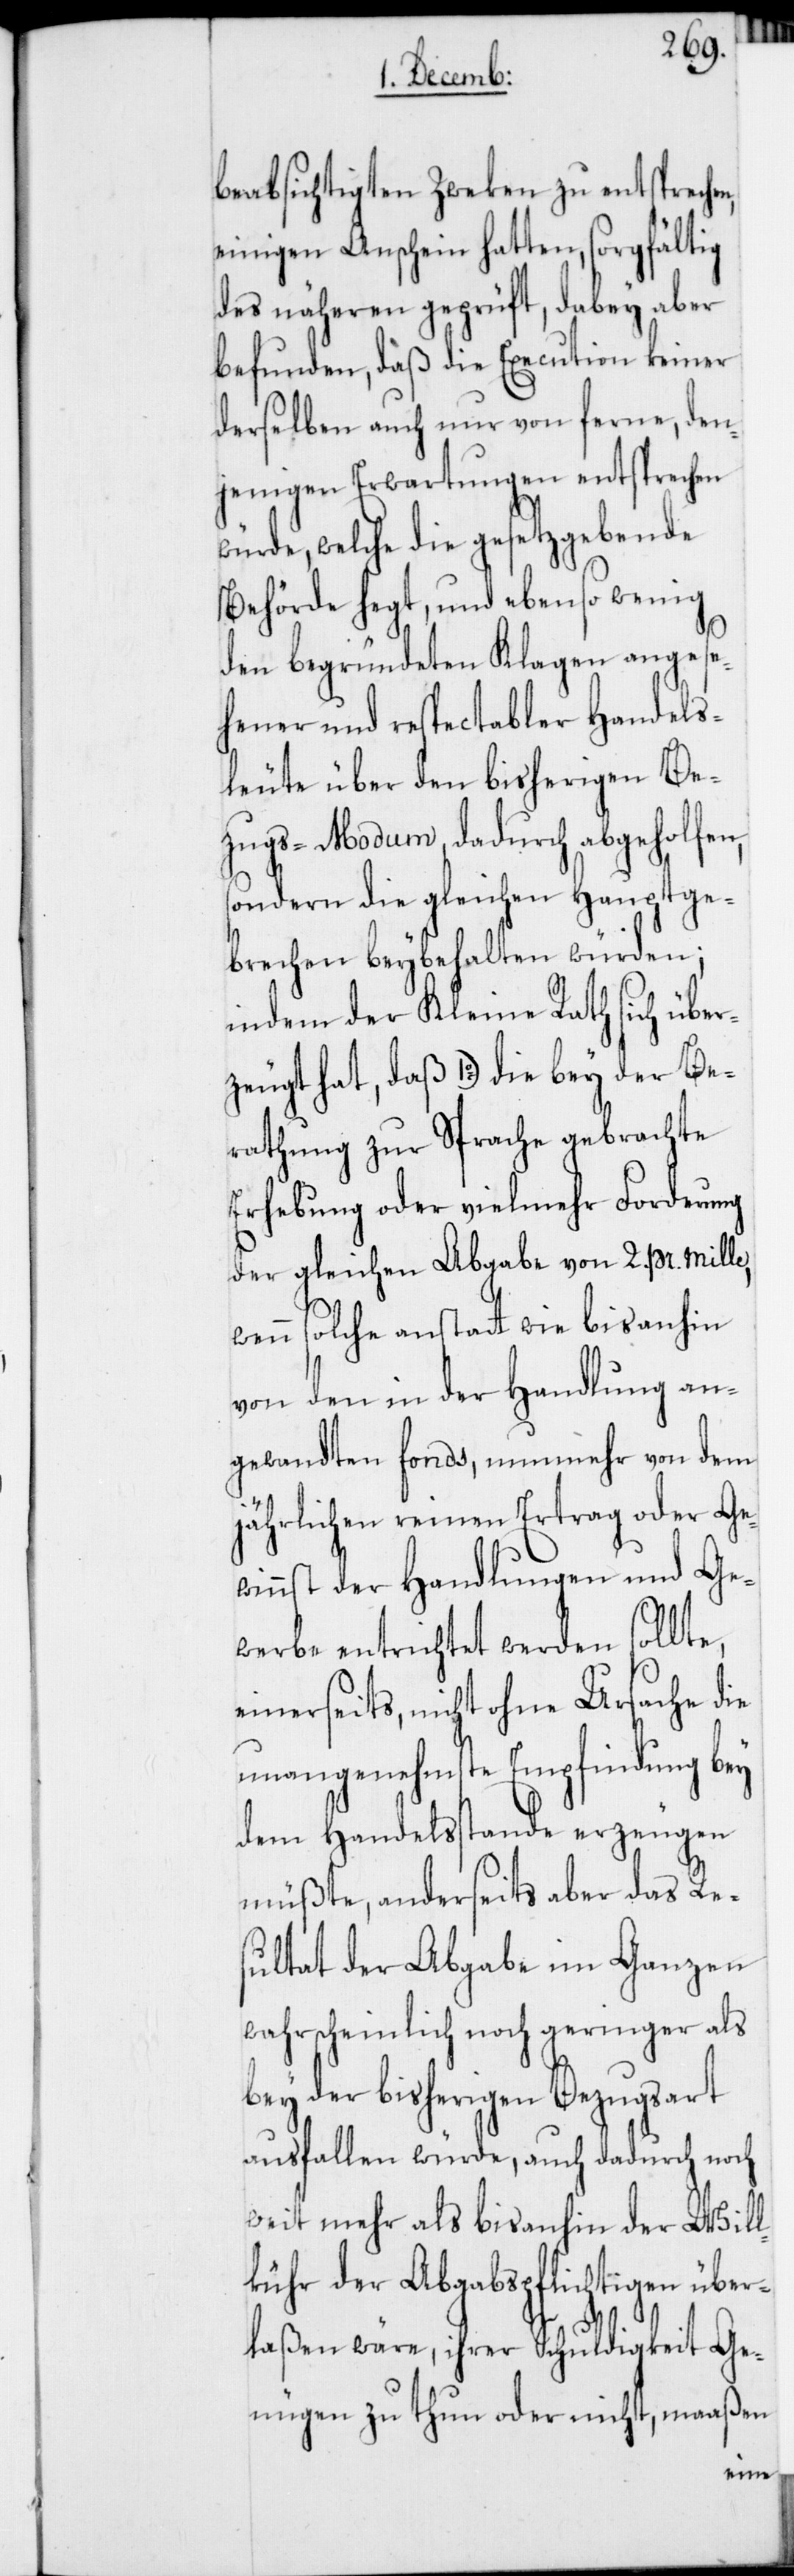
Be¬
beabsichtigten Zweken zu entsprechen,
einigen Anschein hatten, sorgfältig
des näheren geprüft, dabey aber
befunden, daß die Execution keiner
derselben auch nur von ferne, den¬
jenigen Erwartungen entsprechen w¬
ürde, welche die gesetzgebende
Behörde hegt, und ebenso wenig
den begründeten Klagen angese¬
hener und respectabler Handels¬
leute über den bisherigen Be¬
zugs-Modum, dadurch abgeholfen,
sondern die gleichen Hauptge¬
brechen beybehalten würden;
indem der Kleine Rath sich über¬
rathung zur Sprache gebrachte
Erhebung oder vielmehr Forderung
der gleichen Abgabe von 2. pr. mille,
wenn solche anstatt wie bisanhin
von den in der Handlung an¬
gewandten fonds, nunmehr von dem
jährlichen reinen Ertrag oder Ge¬
winnst der Handlungen und Ge¬
werbe entrichtet werden sollte,
einerseits, nicht ohne Ursache die
unangenehmste Empfindung bey
dem Handelsstande erzeugen
müßte, anderseits aber das Re¬
sultat der Abgabe im Ganzen
wahrscheinlich noch geringer als
bey der bisherigen Bezugsart
ausfallen würde, auch dadurch noch
weit mehr als bisanhin der Will¬
kühr der Abgabspflichtigen über¬
laßen wäre, ihrer Schuldigkeit Ge¬
nügen zu thun oder nicht, maaßen